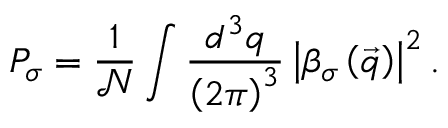
P _ { \sigma } = \frac { 1 } { \mathcal { N } } \int \frac { d ^ { 3 } q } { \left( 2 \pi \right) ^ { 3 } } \left| \beta _ { \sigma } \left( \vec { q } \right) \right| ^ { 2 } .